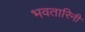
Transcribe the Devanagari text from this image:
भवतारिनी